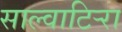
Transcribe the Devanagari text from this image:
साल्वाटिर्‍रा